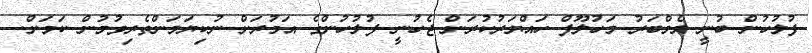
ފުލުހުން ބުނީ މެމްބަރު މަހުލޫފް ހައްޔަރުކުރަން ޖެހުނީ ފުލުހުންގެ އަމުރަށް ނުކިޔަމަންތެރިވުމުން ކަމަށް.